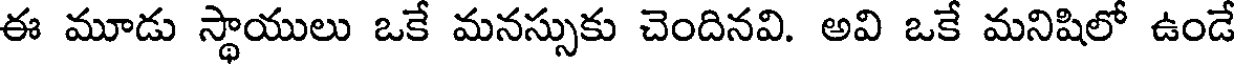
ఈ మూడు స్థాయులు ఒకే మనస్సుకు చెందినవి. అవి ఒకే మనిషిలో ఉండే